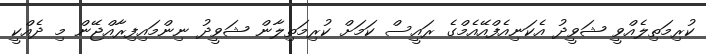
ކުރިމަތިލެއްވީ ޝަވީދު އެކަނިއެފްއޭއެމްގެ ރައީސް ކަމަށް ކުރިމަތިލާން ޝަވީދު ނިންމައިފިރާއްޖޭން މި ދެއްކީ